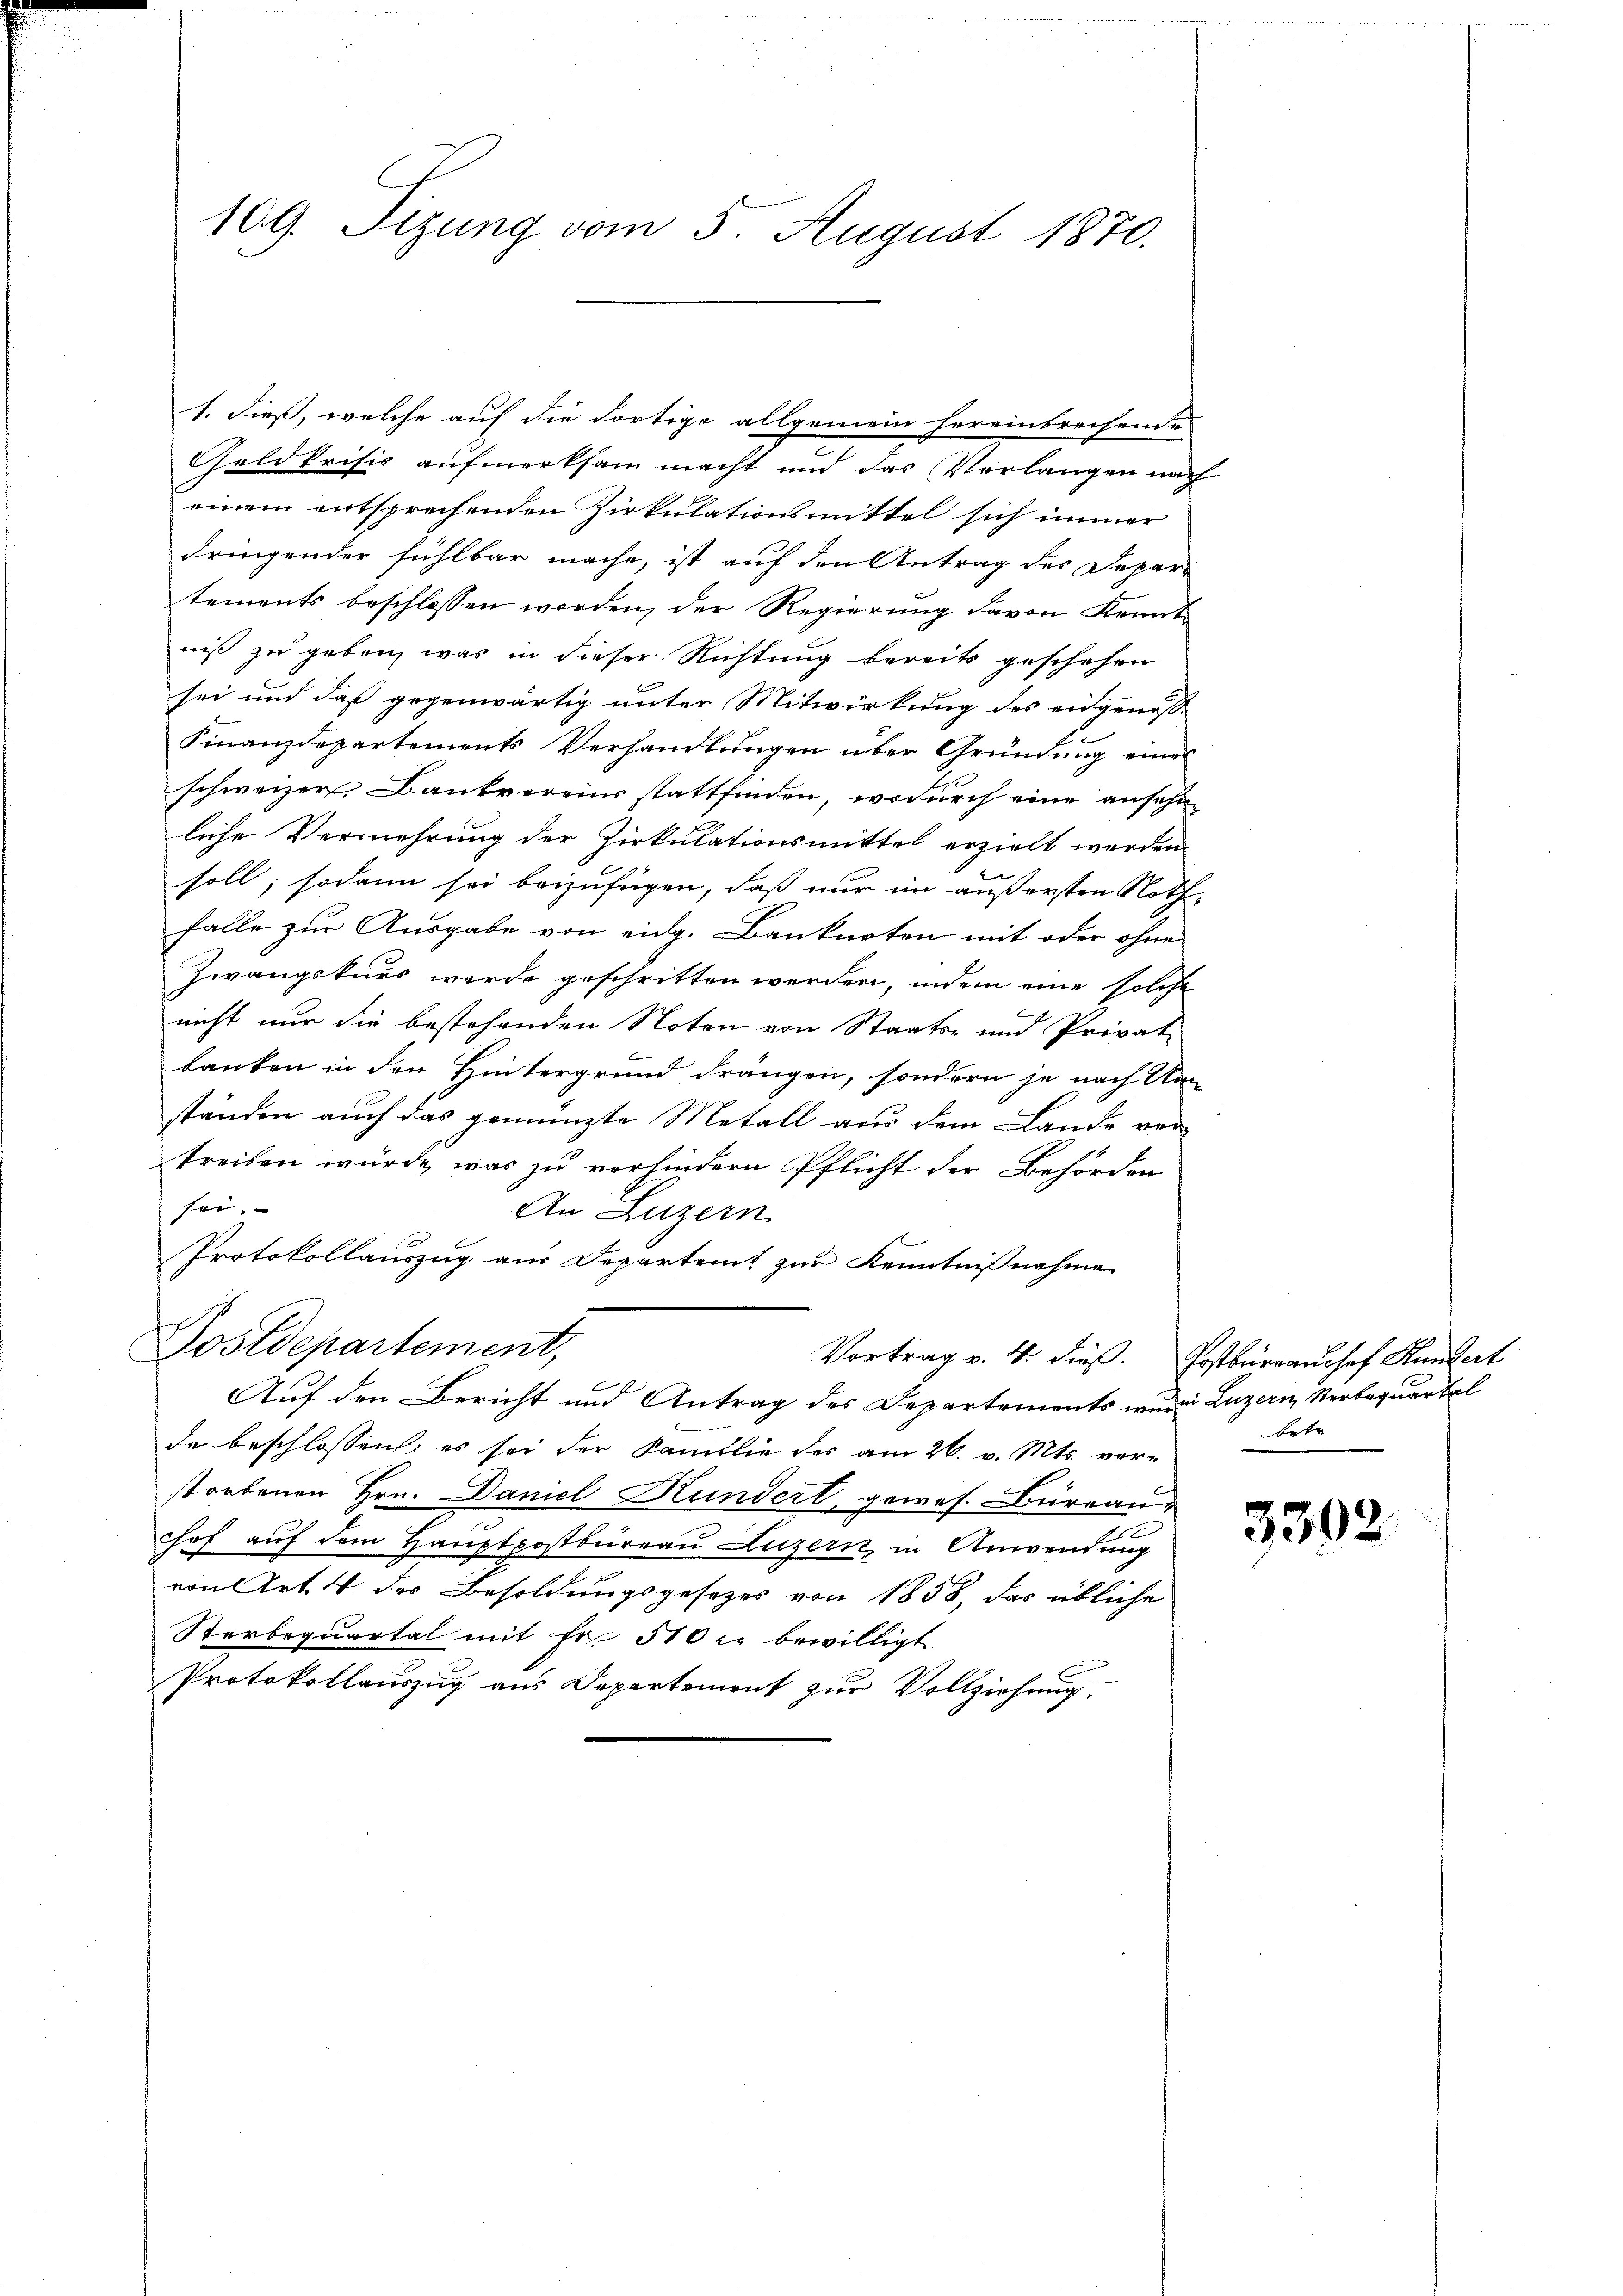
1. dieß, welche auf die dortige allgemein hereinbrechende
Geldkrisis aufmerksam macht und das Verlangen nach
einem entsprechenden Zirkulationsmittel sich immer
dringender fühlbar mache, ist auf den Antrag des Depar
tements beschlossen worden, der Regierung davon Kenntniß zu geben, was in dieser Richtung bereits geschehen
sei und daß gegenwärtig unter Mitwirkung des eidgenosse
Finanzdepartements Verhandlungen über Gründung eines
schweizer. Bankvereins stattfinden, wodurch eine ansehen
liche Vermehrung der Zirkulationsmittel erzielt werden
soll; sodann sei beizufügen, daß nur im äußersten Nothfalle zur Ausgabe von eidg. Banknoten mit oder ohne
Zwangskurs werde geschritten werden, indem eine solche
nicht nur die bestehenden Noten von Staats- und Privat
banken in den Hintergrund drängen, sondern je nach An-
ständen auch das gemünzte Metall aus dem Lande vor
treiben würde, was zu verhindern Pflicht der Behörden
sei.
An Luzern
Protokollauszug aus Departent zur Kenntnisnahme
Postdepartement,
Vortrag v. 4. dieß. Postbürrauchef Handert
Auf den Bericht und Antrag des Departements wurde Luzern Sterbaquartal
de beschlossen, es sei der Familie des am 26. v. Mts. verstorbenen Hrn. Daniel Kundert, gewes. Büreau
.
hof auf dem Hauptpostbureau Luzern, in Anwendung
von Art. 4 der Besoldungsgesetzes von 1858, das übliche
Sterbequartal mit Fr. 510 l. bewilligt
Protokollauszug aus Departement zur Vollziehung.

109. Tizung vom 5. August 1870.

betr

3392.